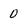
Character: 0